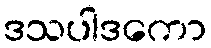
ဒသပါဒကော